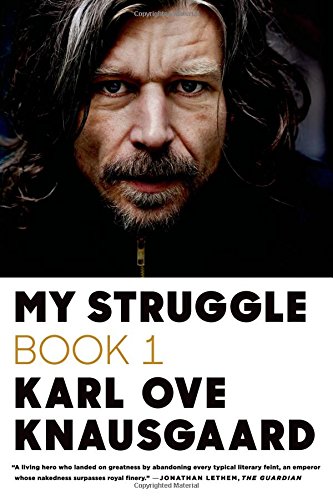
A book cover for My Struggle: Book 1; Karl Ove Knausgaard; Literature & Fiction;